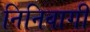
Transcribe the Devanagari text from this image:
निनिवागी